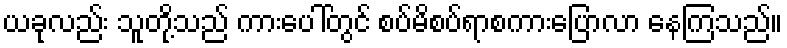
ယခုလည်း သူတို့သည် ကားပေါ်တွင် စပ်မိစပ်ရာစကားပြောလာ နေကြသည်။